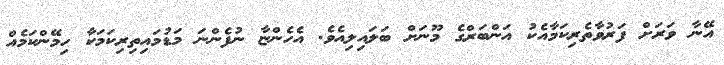
އޭނާ ވަރަށް ފަރުވާތެރިކަމާއެކު އަންބަރްގެ މޫނަށް ބަލައިލިއެވެ. އެހެންޏާ ނުފެންނަ މަޑުމައިތިރިކަމަކާ ހިމޭންކަމެއް